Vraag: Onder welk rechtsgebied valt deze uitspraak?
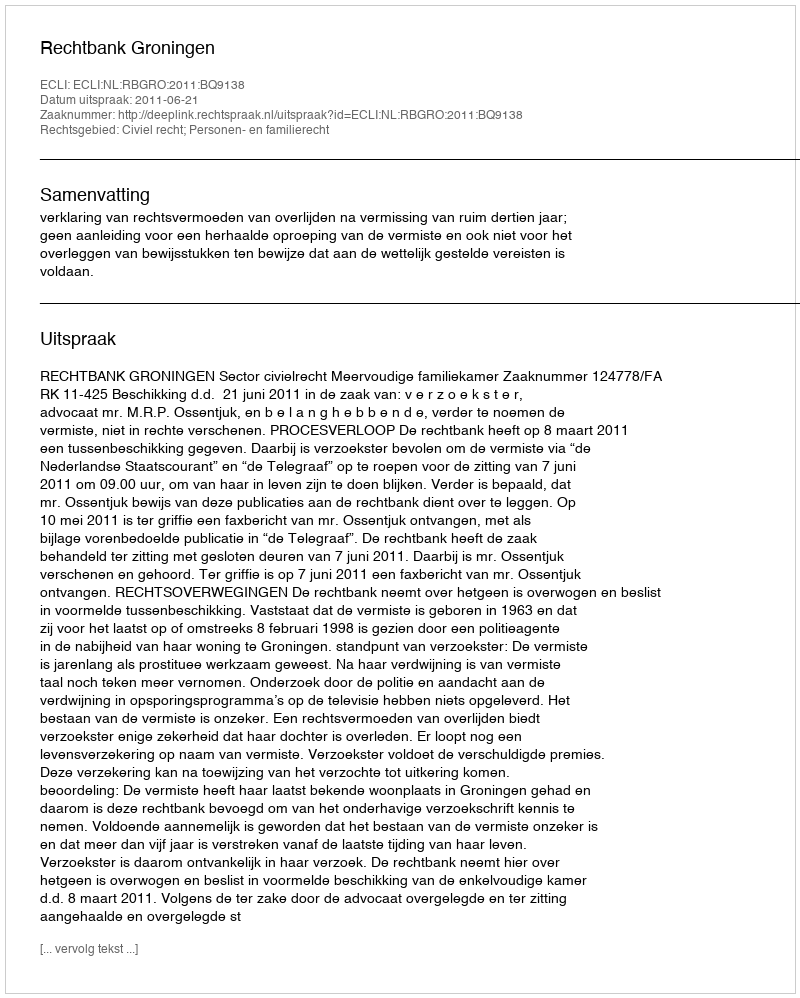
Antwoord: Civiel recht; Personen- en familierecht